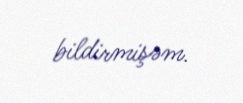
bildirmişəm.